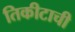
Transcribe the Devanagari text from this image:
तिकीटाची